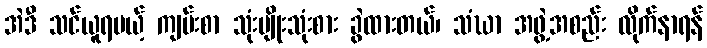
အဲဒီ သင်ယူရမယ့် ကျမ်းစာ သုံးမျိုးသုံးစား ခွဲထားတယ်၊ သံဃာ အဖွဲ့အစည်း လိုက်နာရန်